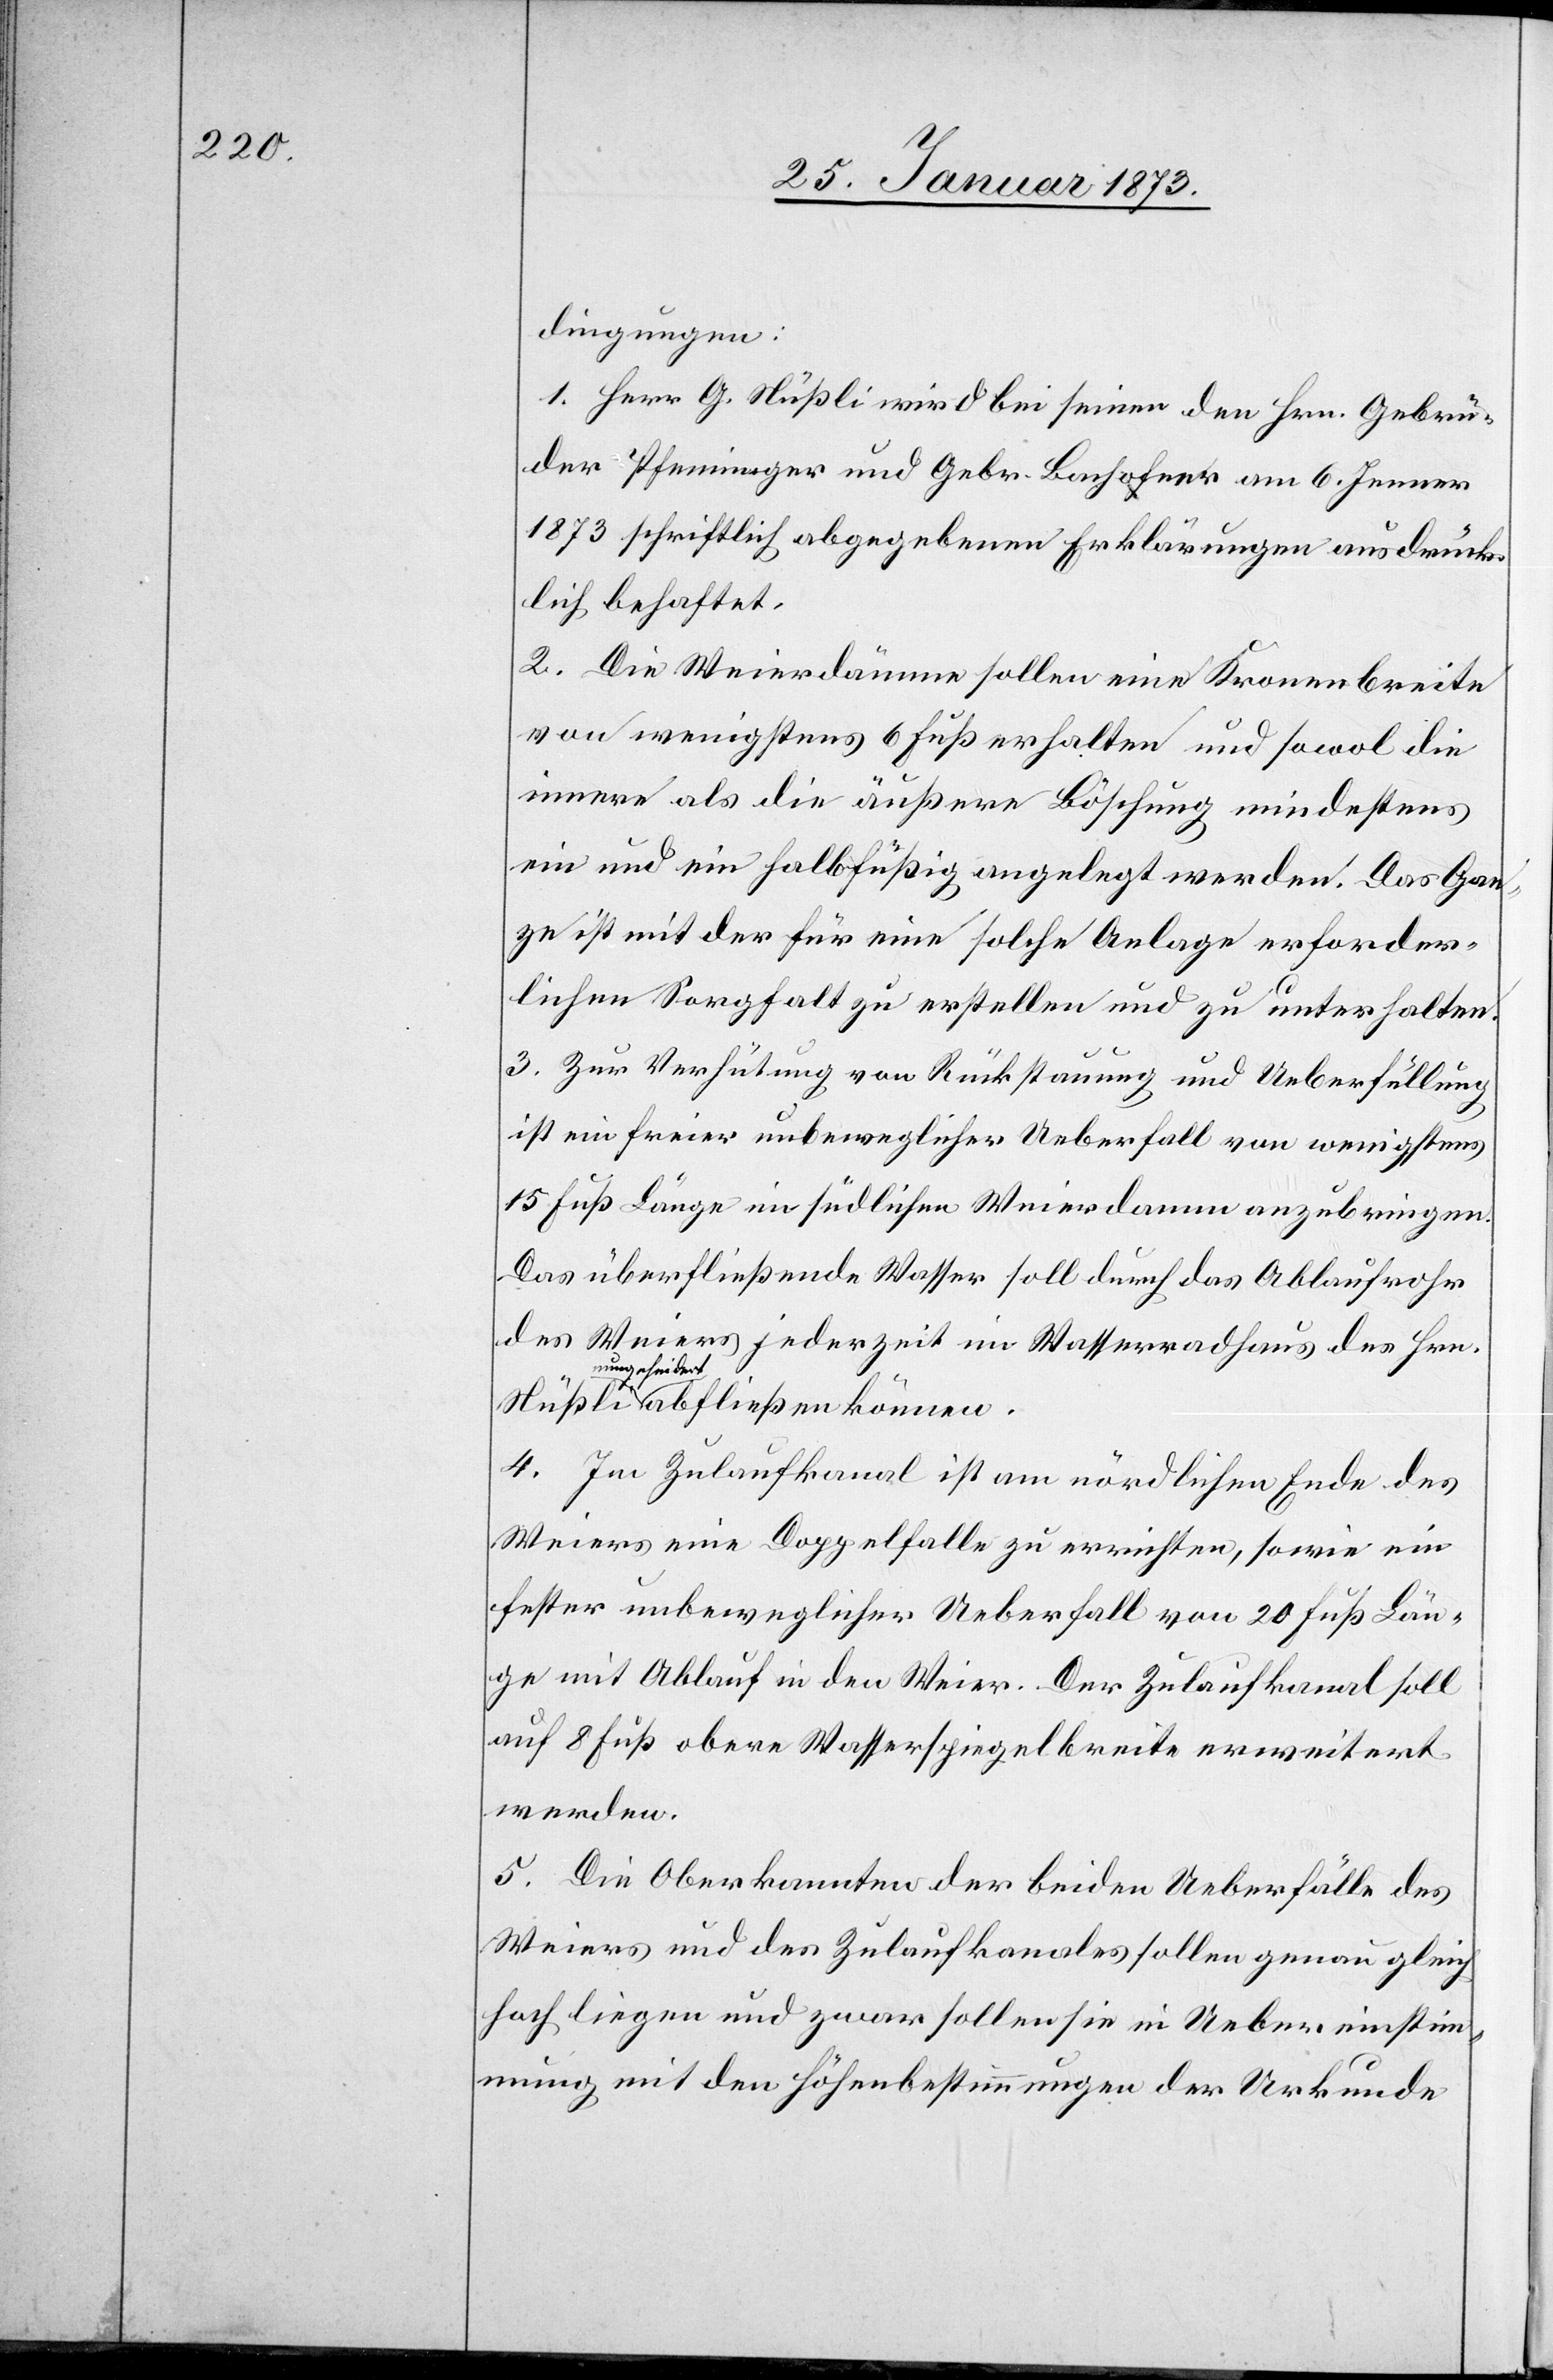
dingungen:
1. Herr G. Stüßli wird bei seinen den Hrn. Gebrü¬
der Pfenninger und Gebr. Bachofner [sic!] am 6. Jenner
1873 schriftlich abgegebenen Erklärungen ausdrück¬
lich behaftet.
2. Die Weierdämme sollen eine Kronenbreite
von wenigstens 6 Fuß erhalten und sowol die
innere als die äußere Böschung mindestens
ein und einhalbfüßig angelegt werden. Das Gan¬
ze ist mit der für eine solche Anlage erforder¬
lichen Sorgfalt zu erstellen und zu unterhalten.
3. Zur Verhütung von Rückstauung und Ueberfüllung
ist ein freier unbeweglicher Ueberfall von wenigstens
15 Fuß Länge im südlichen Weierdamm anzubringen.
Das überfließende Wasser soll durch das Ablaufrohr
des Weiers jederzeit im Wasserradhaus des Hrn.
ungehindert
abfließen können.
4. Im Zulaufkanal ist am nördlichen Ende des
Weiers eine Doppelfalle zu errichten, sowie ein
fester unbeweglicher Ueberfall von 20 Fuß Län¬
ge mit Ablauf in den Weier. Der Zulaufkanal soll
auf 8 Fuß obere Wasserspiegelbreite errichtet
werden.
5. Die Oberkannten der beiden Ueberfälle des
Weiers und des Zulaufkanals sollen genau gleich
hoch liegen und zwar sollen sie in Uebereinstim¬
mung mit den Höhenbestimmungen der Urkunde